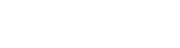
မေးမြန်းဖြစ်ခဲ့ပါသည်